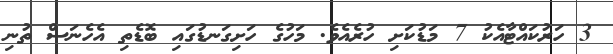
3 ހަރުކައްޓާއެކު 7 މަޑުކަށި ހުރެއެވެ. މަހުގެ ހަށިގަނޑުގައި ބޮޑެތި އެހެނަސް ތުނި